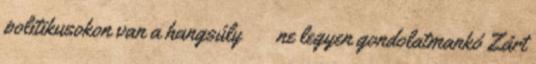
politikusokon van a hangsúly  ne legyen gondolatmankó Zárt